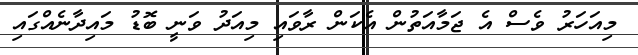
މިއަހަރު ވެސް އެ ޖަމާއަތުން އެކަން ރާވައި މިއަދު ވަނީ ބޮޑު މައިދާނެއްގައި